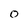
Character: 0